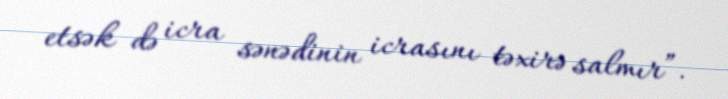
etsək də icra sənədinin icrasını təxirə salmır”.